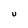
Character: U